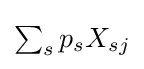
{\textstyle \sum _{s}p_{s}X_{sj}}